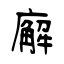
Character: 廨